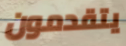
يتقدمون